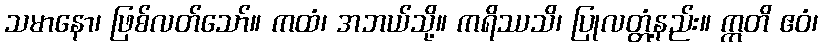
သမာနော၊ ဖြစ်လတ်သော်။ ကထံ၊ အဘယ်သို့။ ကရိဿသိ၊ ပြုလတ္တံ့နည်း။ ဣတိ ဧဝံ၊